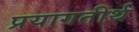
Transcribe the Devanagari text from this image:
प्रयागतीर्थ